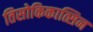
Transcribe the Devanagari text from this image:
तिसोकिकात्सिन